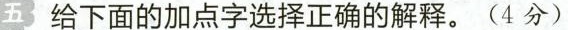
五 给下面的加点字选择正确的解释。(4分)